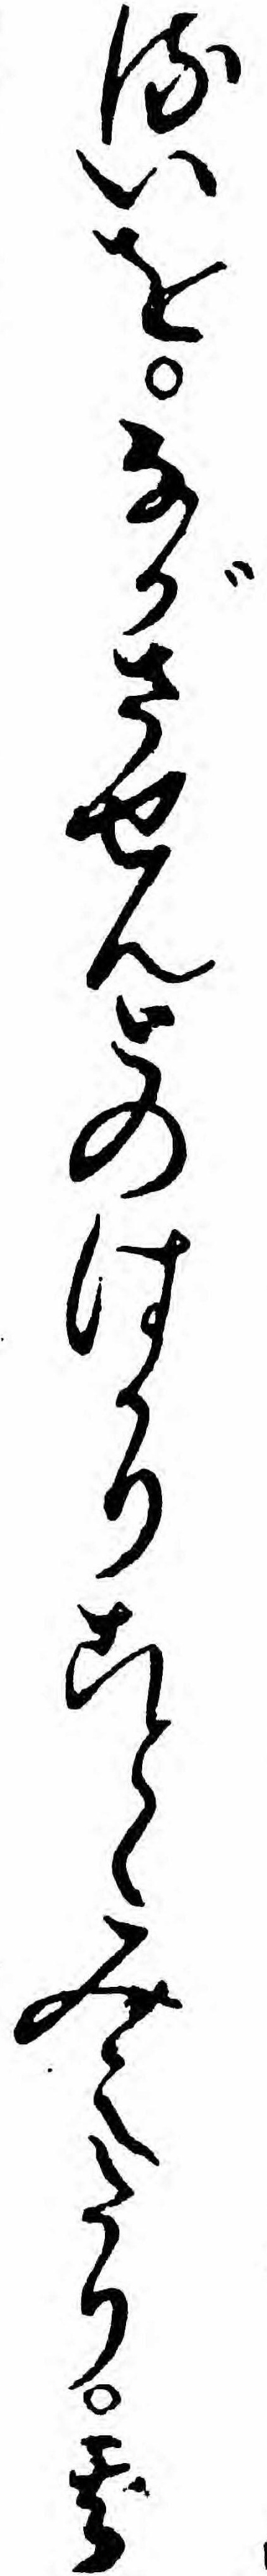
るいをながさせんとのはかりことゝみえたり其